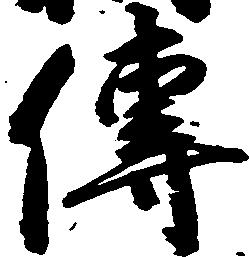
伝